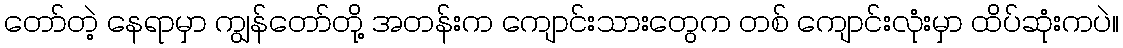
တော်တဲ့ နေရာမှာ ကျွန်တော်တို့ အတန်းက ကျောင်းသားတွေက တစ် ကျောင်းလုံးမှာ ထိပ်ဆုံးကပဲ။